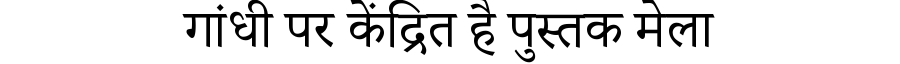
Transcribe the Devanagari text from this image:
गांधी पर केंद्रित है पुस्तक मेला